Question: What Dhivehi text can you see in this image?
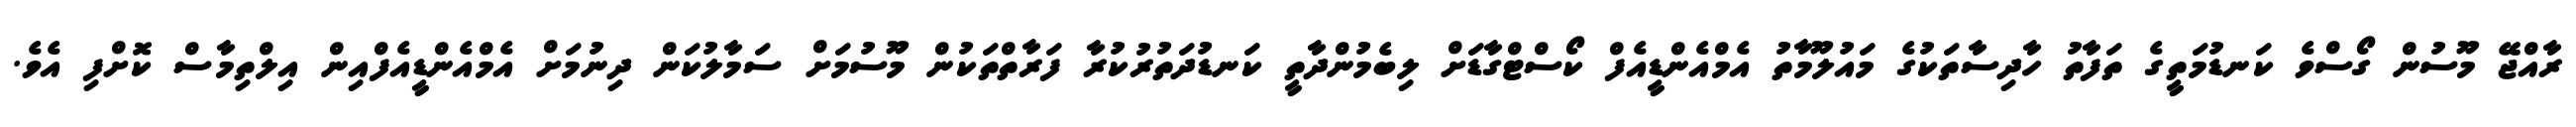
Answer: ރާއްޖޭ މޫސުން ގޯސްވެ ކަނޑުމަތީގެ ތަފާތު ހާދިސާތަކުގެ މައުލޫމާތު އެމްއެންޑީއެފް ކޯސްޓްގާޑަށް ލިބެމުންދާތީ ކަނޑުދަތުރުކުރާ ފަރާތްތަކުން މޫސުމަށް ސަމާލުކަން ދިނުމަށް އެމްއެންޑީއެފްއިން އިލްތިމާސް ކޮށްފި އެވެ.